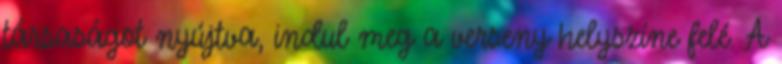
társaságot nyújtva, indul meg a verseny helyszíne felé. A